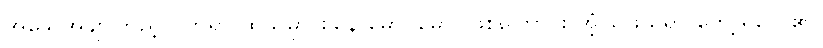
အသေအချာကြည့်လိုက်ရာ ထိုသူမှာ စနေ မောင်မောင်ဖြစ်ကြောင်း အံ့ဩဖွယ်ရာ တွေ့ ရလေ၏။